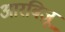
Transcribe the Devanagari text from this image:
आरबिज़ू